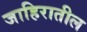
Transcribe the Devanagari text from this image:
जाहिरातील